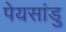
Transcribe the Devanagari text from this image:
पेयसांडु